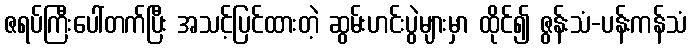
ဇရပ်ကြီးပေါ်တက်ပြီး အသင့်ပြင်ထားတဲ့ ဆွမ်းဟင်းပွဲများမှာ ထိုင်၍ ဇွန်းသံ-ပန်းကန်သံ